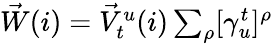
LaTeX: \begin{array}{r}{\vec{W}(i)=\vec{V}_{t}^{u}(i)\sum_{\rho}[\gamma_{u}^{t}]^{\rho}}\end{array}